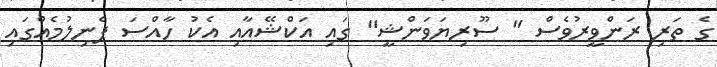
ގެ ތަރި ރަންވީރުވެސް " ސޫރިޔަވަންޝީ" ގައި އަކްޝޭއާއި އެކު ހާއްސަ ފެނިލުމެއްގައި